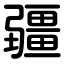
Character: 疆